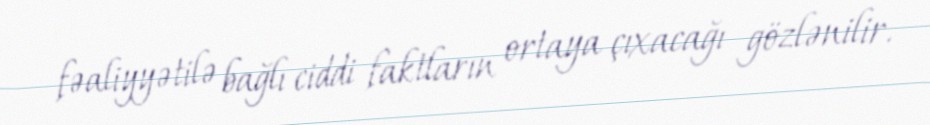
fəaliyyətilə bağlı ciddi faktların ortaya çıxacağı gözlənilir.